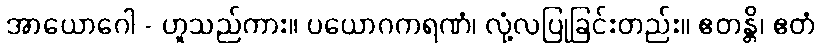
အာယောဂေါ - ဟူသည်ကား။ ပယောဂကရဏံ၊ လုံ့လပြုခြင်းတည်း။ ဧတန္တိ၊ ဧတံ